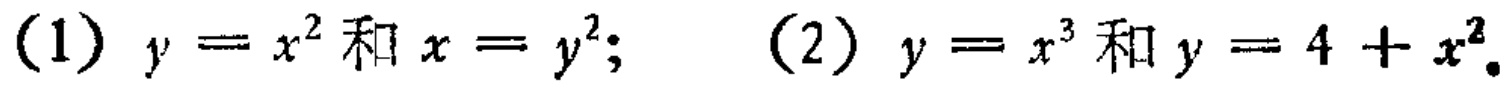
(1) \(y = x^{2}\)和\(x = y^{2}\); (2) \(y = x^{3}\)和\(y = 4 + x^{2}\)